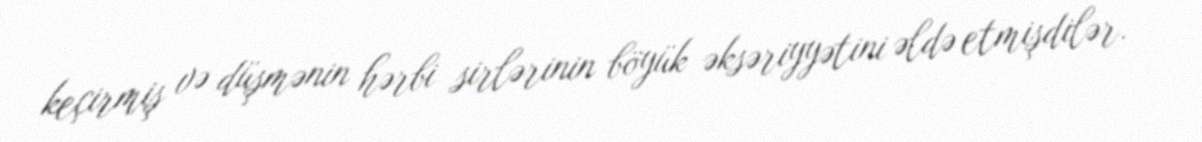
keçirmiş və düşmənin hərbi sirlərinin böyük əksəriyyətini əldə etmişdilər.